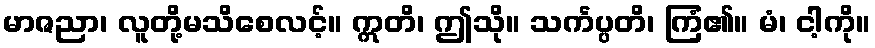
မာဇညာ၊ လူတို့မသိစေလင့်။ ဣတိ၊ ဤသို။ သင်္ကပ္ပတိ၊ ကြံ၏။ မံ၊ ငါ့ကို။